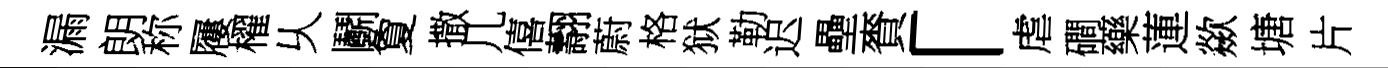
漏朗称屨櫂乆鬬夐撒几僖翿蔚格狱勒迟壘賚「虐磵藥蓮歘塘片